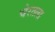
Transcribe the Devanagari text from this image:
चेरतला